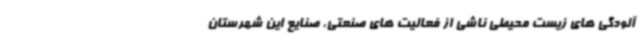
آلودگی های زیست محیطی ناشی از فعالیت های صنعتی، صنایع این شهرستان